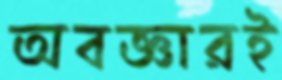
অবজ্ঞারই